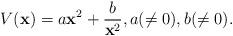
LaTeX: \begin{align*}V(\textbf{x})=a{\textbf{x}}^2+\frac{b}{{\textbf{x}}^2},a(\neq 0),b(\neq 0).\end{align*}